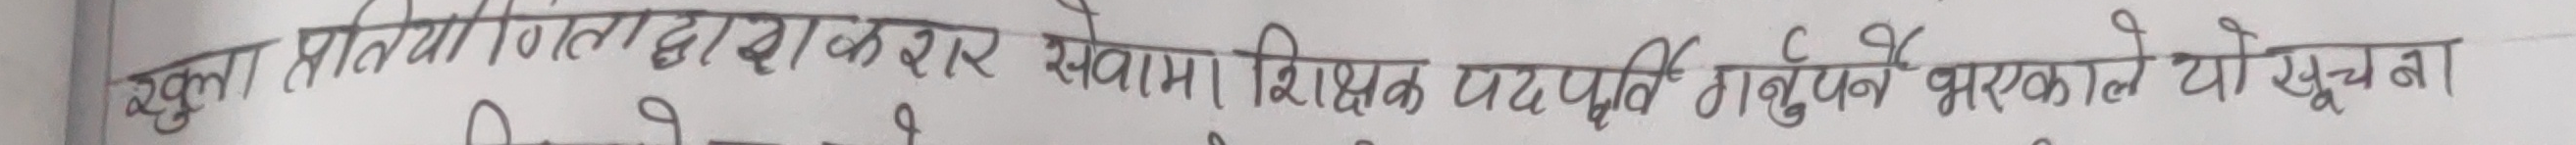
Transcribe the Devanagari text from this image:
खुला प्रतियोगिताद्वारा स्थानीय शिक्षक पदपुर्ति गर्नुपर्ने भएकाले यो सूचना